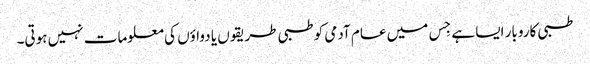
طبی کاروبار ایسا ہے جِس میں عام آدمی کو طبی طریقوں یا دواؤں کی معلومات نہیں ہوتی۔